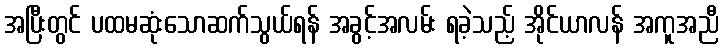
အပြီးတွင် ပထမဆုံးသောဆက်သွယ်ရန် အခွင့်အလမ်း ရခဲ့သည့် အိုင်ယာလန် အကူအညီ